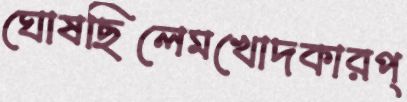
ঘোষছিলেমখোদকারপ্